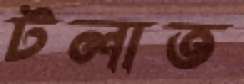
টলাত